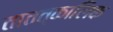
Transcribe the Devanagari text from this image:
तातत्कालिक